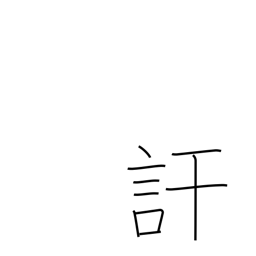
Meaning: divulge